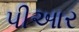
પીઆર